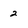
Character: 2